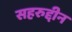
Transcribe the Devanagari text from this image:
सहरुद्दीन